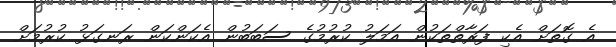
އެ ގޮތަށް އެކި ފަރާތްތަކުން އަމަލު ކުރުމުގެ ސަބަބުން އެކަންކަން ރަނގަޅު ކުރުމަށް